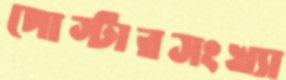
পোস্টারসংখ্যা